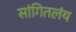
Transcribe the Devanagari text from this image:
सांगितलंय